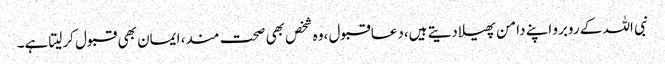
نبی اللہ کے روبرو اپنے دامن پھیلادیتے ہیں،دعاقبول ،وہ شخص بھی صحت مند، ایمان بھی قبول کرلیتا ہے۔